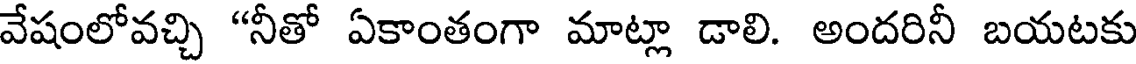
వేషంలోవచ్చి "నీతో ఏకాంతంగా మాట్లా డాలి. అందరినీ బయటకు